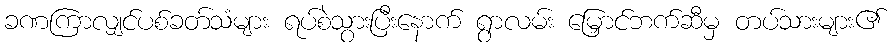
ခဏကြာလျှင်ပစ်ခတ်သံများ ရပ်စဲသွားပြီးနောက် ရွာလမ်း မြှောင်ဘက်ဆီမှ တပ်သားများ၏